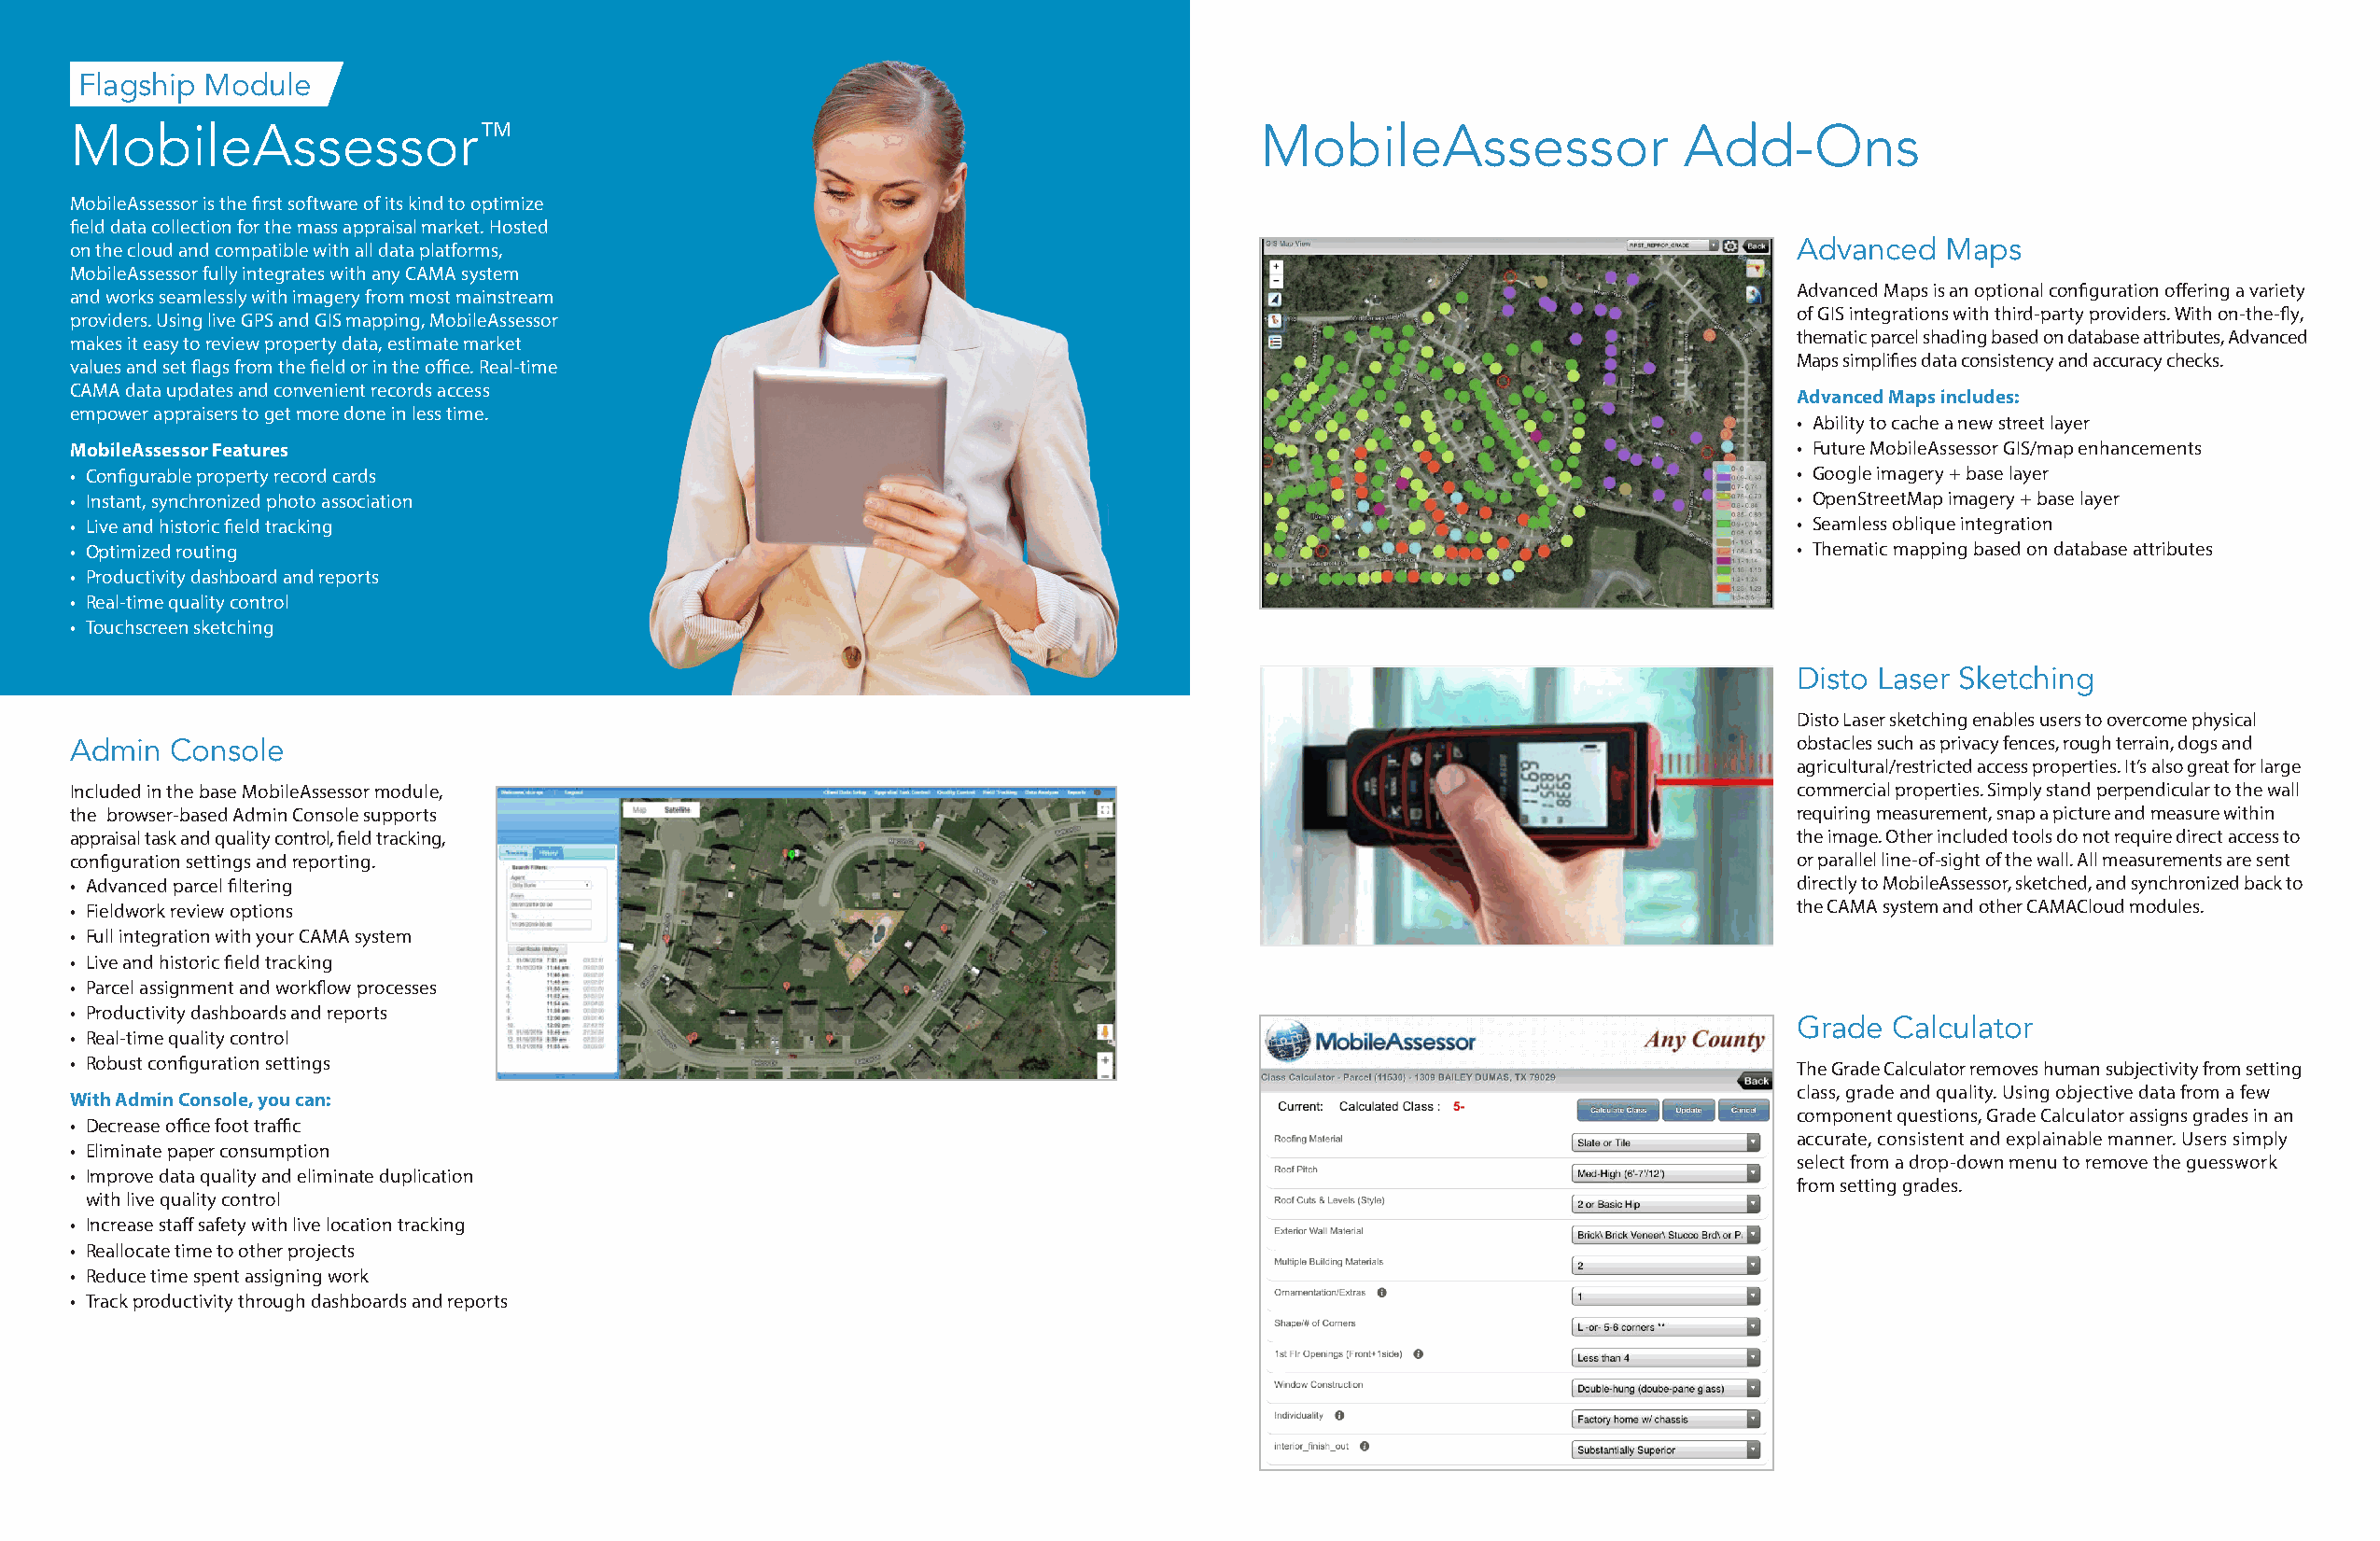
Flagship Module
 MobileAssessor™                                                                     MobileAssessor                Add-Ons
 MobileAssessor is the first software of its kind to optimize
 field data collection for the mass appraisal market. Hosted
 on the cloud and compatible with all data platforms,                                                                      Advanced   Maps
 MobileAssessor fully integrates with any CAMA system
 Advanced Maps is an optional configuration offering a variety
 and works seamlessly with imagery from most mainstream
 of GIS integrations with third-party providers. With on-the-fly,
 providers. Using live GPS and GIS mapping, MobileAssessor
 thematic parcel shading based on database attributes, Advanced
 makes it easy to review property data, estimate market
 Maps simplifies data consistency and accuracy checks.
 values and set flags from the field or in the office. Real-time
 CAMA data updates and convenient records access
 Advanced Maps includes:
 empower appraisers to get more done in less time.
 • Ability to cache a new street layer
 MobileAssessor Features                                                                                                   • Future MobileAssessor GIS/map enhancements
 • Configurable property record cards                                                                                      • Google imagery + base layer
 • Instant, synchronized photo association                                                                                 • OpenStreetMap imagery + base layer
 • Live and historic field tracking                                                                                        • Seamless oblique integration
 • Optimized routing                                                                                                       • Thematic mapping based on database attributes
 • Productivity dashboard and reports
 • Real-time quality control
 • Touchscreen sketching
 Disto Laser Sketching
 Disto Laser sketching enables users to overcome physical
 Admin  Console                                                                                                            obstacles such as privacy fences, rough terrain, dogs and
 agricultural/restricted access properties. It’s also great for large
 Included in the base MobileAssessor module,                                                                               commercial properties. Simply stand perpendicular to the wall
 the browser-based Admin Console supports                                                                                  requiring measurement, snap a picture and measure within
 appraisal task and quality control, field tracking,                                                                       the image. Other included tools do not require direct access to
 configuration settings and reporting.                                                                                     or parallel line-of-sight of the wall. All measurements are sent
 • Advanced parcel filtering                                                                                               directly to MobileAssessor, sketched, and synchronized back to
 • Fieldwork review options                                                                                                the CAMA system and other CAMACloud modules.
 • Full integration with your CAMA system
 • Live and historic field tracking
 • Parcel assignment and workflow processes
 • Productivity dashboards and reports
 Grade  Calculator
 • Real-time quality control
 • Robust configuration settings                                                                                           The Grade Calculator removes human subjectivity from setting
 class, grade and quality. Using objective data from a few
 With Admin Console, you can:
 component questions, Grade Calculator assigns grades in an
 • Decrease office foot traffic
 accurate, consistent and explainable manner. Users simply
 • Eliminate paper consumption
 select from a drop-down menu to remove the guesswork
 • Improve data quality and eliminate duplication
 from setting grades.
 with live quality control
 • Increase staff safety with live location tracking
 • Reallocate time to other projects
 • Reduce time spent assigning work
 • Track productivity through dashboards and reports